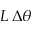
L \, \Delta \theta